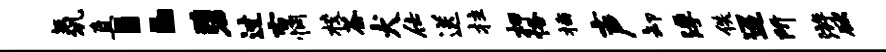
氛直：碧过右惘校荼犬仕送拄柙恪插声卸浮佚迢所游欲